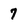
Character: 7